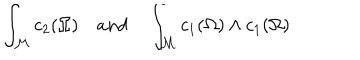
LaTeX: \int _ { \mathcal { M } } c _ { 2 } ( \Omega ) a n d \int _ { { \mathcal M } } c _ { 1 } ( \Omega ) \wedge c _ { 1 } ( \Omega )